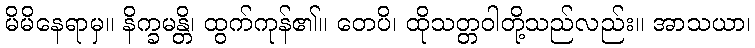
မိမိနေရာမှ။ နိက္ခမန္တိ၊ ထွက်ကုန်၏။ တေပိ၊ ထိုသတ္တဝါတို့သည်လည်း။ အာသယာ၊